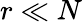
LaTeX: r\ll N